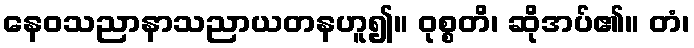
နေဝသညာနာသညာယတနဟူ၍။ ဝုစ္စတိ၊ ဆိုအပ်၏။ တံ၊